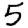
Digit: 5